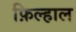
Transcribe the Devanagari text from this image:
फ़िल्हाल